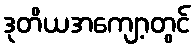
ဒုတိယအကျော့တွင်